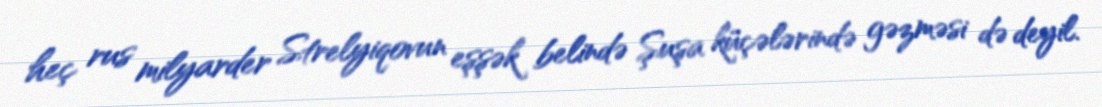
heç rus milyarder Strelyiqovun eşşək belində Şuşa küçələrində gəzməsi də deyil.